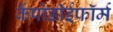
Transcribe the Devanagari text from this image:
कैंपोडीईफॉर्म